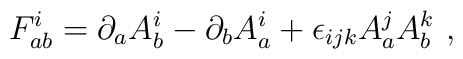
F^i_{ab} = \partial_a A^i_b - \partial_b A^i_a + \epsilon_{ijk} A^j_a A^k_b\ ,